Scottish Leaving Certificate Examination, 1959
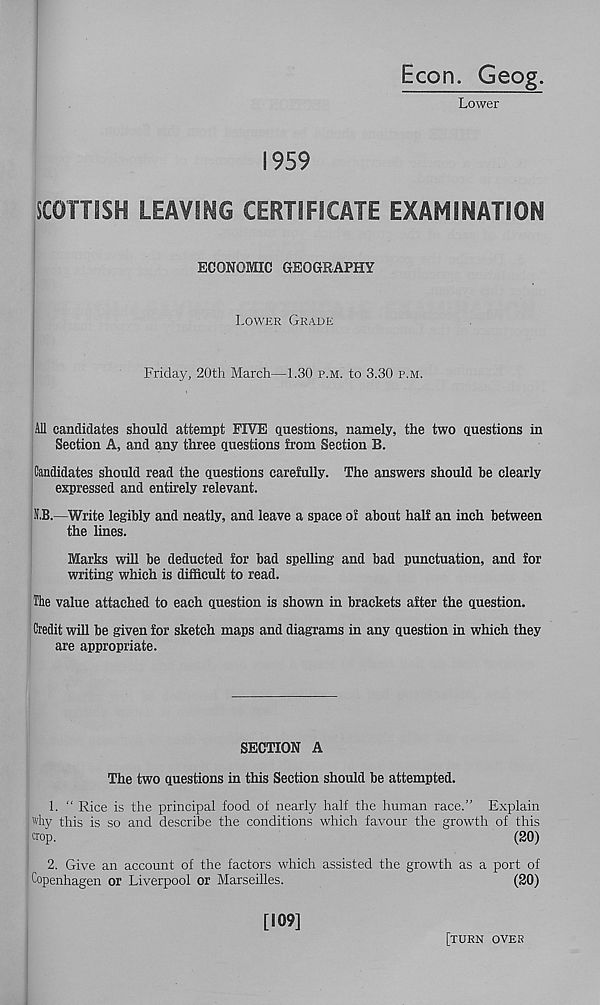
Econ. Geog.
Lower
1959
SCOTTISH LEAVING CERTIFICATE EXAMINATION
ECONOMIC GEOGRAPHY
Lower Grade
Friday, 20th March—1.30 p.m. to 3.30 p.m.
Ml candidates should attempt FIVE questions, namely, the two questions in
Section A, and any three questions from Section B.
Candidates should read the questions carefully. The answers should be clearly
expressed and entirely relevant.
Ji'.B.—Write legibly and neatly, and leave a space of about half an inch between
the lines.
Marks will be deducted for bad spelling and bad punctuation, and for
writing which is difficult to read.
The value attached to each question is shown in brackets after the question.
Credit will be given for sketch maps and diagrams in any question in which they
are appropriate.
SECTION A
The two questions in this Section should be attempted.
1. “ Rice is the principal food of nearly half the human race.” Explain
why this is so and describe the conditions which favour the growth of this
crop.
(20)
2. Give an account of the factors which assisted the growth as a port of
Copenhagen or Liverpool or Marseilles.
(20)
[109]
[turn oves